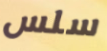
سلس